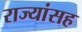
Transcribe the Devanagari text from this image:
राज्यांसह